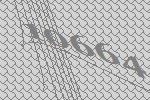
10664